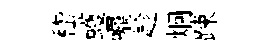
嵇蠖嘱趁炯踈